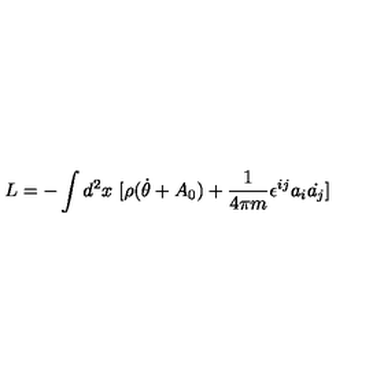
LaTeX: L = - \int d ^ { 2 } x \ [ \rho ( \dot { \theta } + A _ { 0 } ) + { \frac { 1 } { 4 \pi m } } \epsilon ^ { i j } a _ { i } \dot { a _ { j } } ]